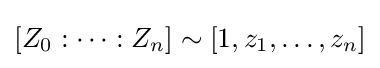
[Z_{0}:\dots :Z_{n}]\sim [1,z_{1},\dots ,z_{n}]